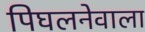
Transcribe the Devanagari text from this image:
पिघलनेवाला